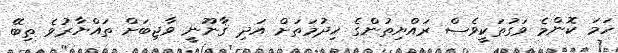
ހަމަ ކޮންމެ ވަގުތަކީވެސް ރައްޔިތުންގެ ޚިދުމަތަށް އަދި ޤާނޫނީ ވާޖިބަށް ތައްޔާރުވެ ތިބޭ